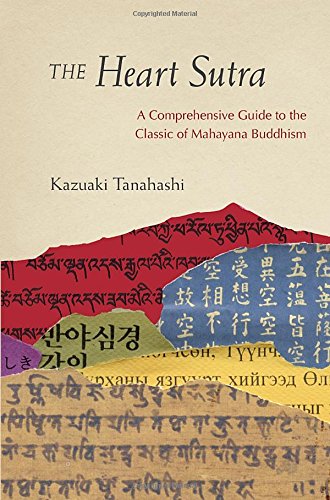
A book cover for The Heart Sutra: A Comprehensive Guide to the Classic of Mahayana Buddhism; Kazuaki Tanahashi; Religion & Spirituality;